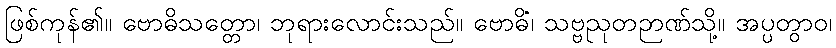
ဖြစ်ကုန်၏။ ဗောဓိသတ္တော၊ ဘုရားလောင်းသည်။ ဗောဓိံ၊ သဗ္ဗညုတဉာဏ်သို့။ အပ္ပတွာဝ၊